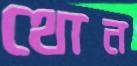
থোন